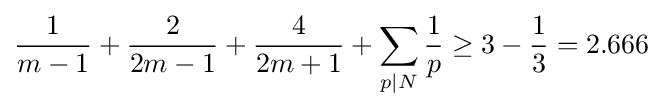
{\frac {1}{m-1}}+{\frac {2}{2m-1}}+{\frac {4}{2m+1}}+\sum _{p|N}{\frac {1}{p}}\geq 3-{\frac {1}{3}}=2.666